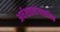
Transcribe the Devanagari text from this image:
अर्धशतसांवत्सरिक